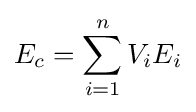
E_{c}=\sum _{i=1}^{n}{V_{i}E_{i}}